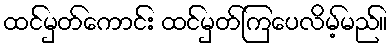
ထင်မှတ်ကောင်း ထင်မှတ်ကြပေလိမ့်မည်။